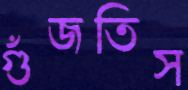
গুঁজতিস